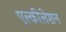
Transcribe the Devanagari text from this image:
एल्कीलेशन